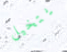
يتخيل